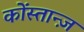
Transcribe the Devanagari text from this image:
कोंस्तान्ज़